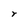
Character: r